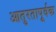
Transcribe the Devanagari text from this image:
आतुरतापूर्वक